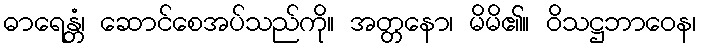
ဓာရေန္တံ၊ ဆောင်စေအပ်သည်ကို။ အတ္တနော၊ မိမိ၏။ ဝိသဋ္ဌဘာဝေန၊